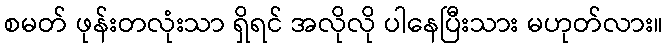
စမတ် ဖုန်းတလုံးသာ ရှိရင် အလိုလို ပါနေပြီးသား မဟုတ်လား။